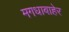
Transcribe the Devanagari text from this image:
मगधाबाहेर